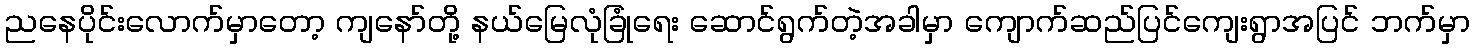
ညနေပိုင်းလောက်မှာတော့ ကျနော်တို့ နယ်မြေလုံခြုံရေး ဆောင်ရွက်တဲ့အခါမှာ ကျောက်ဆည်ပြင်ကျေးရွာအပြင် ဘက်မှာ